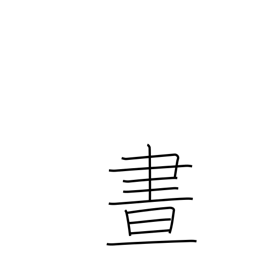
Meaning: daylight